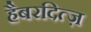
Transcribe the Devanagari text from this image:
हैबरदित्ज़